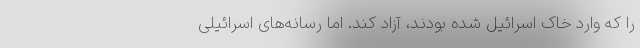
را که وارد خاک اسرائیل شده بودند، آزاد کند. اما رسانه‌های اسرائیلی